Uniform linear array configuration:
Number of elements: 8
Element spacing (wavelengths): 1
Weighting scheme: hann
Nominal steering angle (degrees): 0
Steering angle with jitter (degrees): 0.5546
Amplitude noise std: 0.05
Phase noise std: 0.05

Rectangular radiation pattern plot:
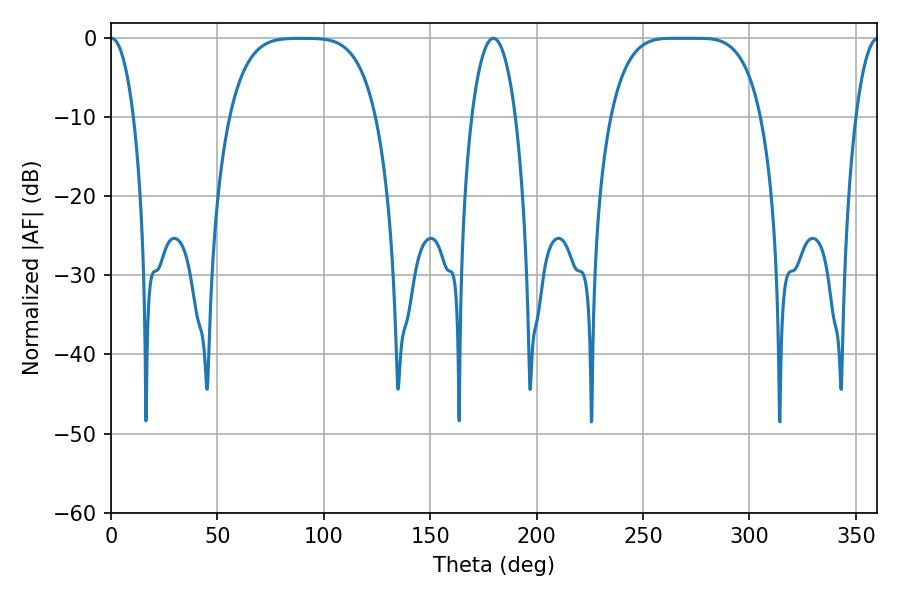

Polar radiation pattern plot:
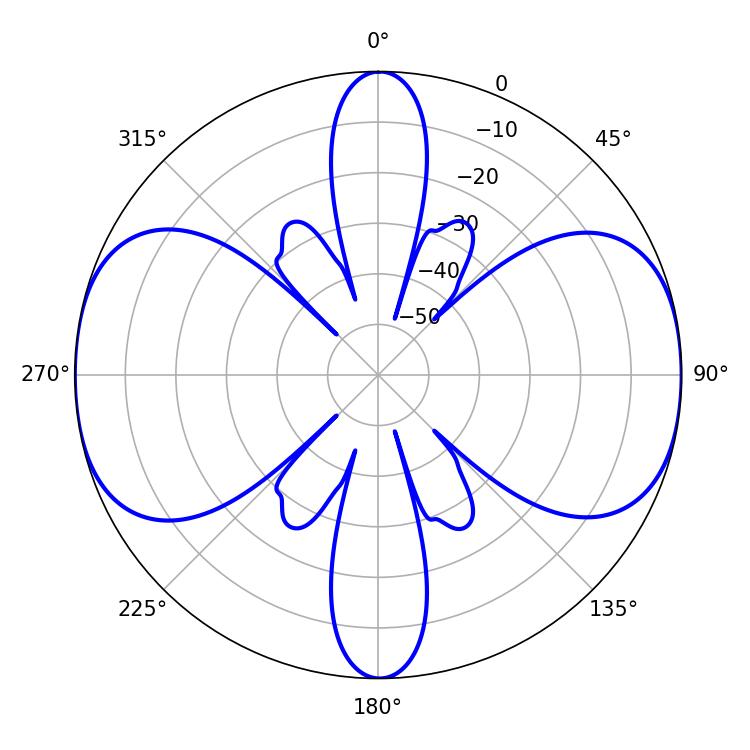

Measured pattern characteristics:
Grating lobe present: TRUE
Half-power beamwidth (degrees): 53.28
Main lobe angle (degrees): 264.06